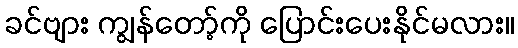
ခင်ဗျား ကျွန်တော့်ကို ပြောင်းပေးနိုင်မလား။